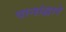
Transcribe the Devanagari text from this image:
पानांद्वारे